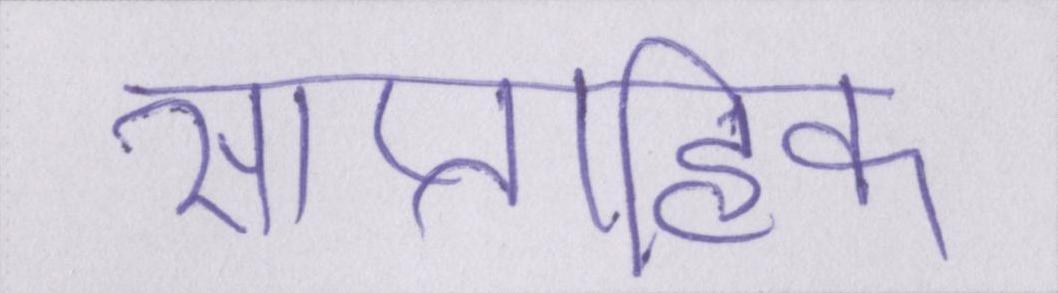
साप्ताहिक